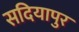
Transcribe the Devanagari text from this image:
सदियापुर